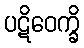
ပဋိဝေက္ခိ